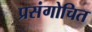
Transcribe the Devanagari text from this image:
प्रसंगोचित